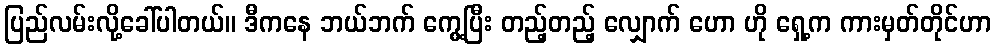
ပြည်လမ်းလို့ခေါ်ပါတယ်။ ဒီကနေ ဘယ်ဘက် ကွေ့ပြီး တည့်တည့် လျှောက် ဟော ဟို ရှေ့က ကားမှတ်တိုင်ဟာ